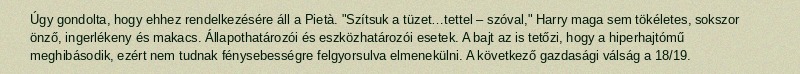
Úgy gondolta, hogy ehhez rendelkezésére áll a Pietà. "Szítsuk a tüzet…tettel – szóval," Harry maga sem tökéletes, sokszor önző, ingerlékeny és makacs. Állapothatározói és eszközhatározói esetek. A bajt az is tetőzi, hogy a hiperhajtómű meghibásodik, ezért nem tudnak fénysebességre felgyorsulva elmenekülni. A következő gazdasági válság a 18/19.